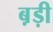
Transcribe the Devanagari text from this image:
ब़ड़ी